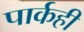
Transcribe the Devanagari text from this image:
पार्कही